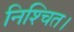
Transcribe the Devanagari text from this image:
निश्‍चित।